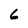
Character: 6